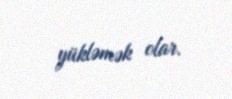
yükləmək olar.